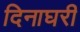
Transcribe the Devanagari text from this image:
दिनाघरी